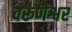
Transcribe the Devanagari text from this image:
वरूणेश्वर